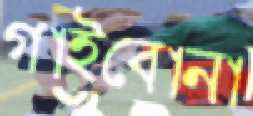
গাইবোনা